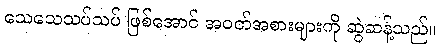
သေသေသပ်သပ် ဖြစ်အောင် အဝတ်အစားများကို ဆွဲဆန့်သည်။